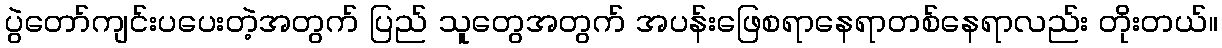
ပွဲတော်ကျင်းပပေးတဲ့အတွက် ပြည် သူတွေအတွက် အပန်းဖြေစရာနေရာတစ်နေရာလည်း တိုးတယ်။